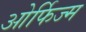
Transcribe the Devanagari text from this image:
ओर्फिज्म